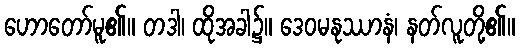
ဟောတော်မူ၏။ တဒါ၊ ထိုအခါ၌။ ဒေဝမနုဿာနံ၊ နတ်လူတို့၏။